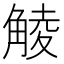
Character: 𧤁